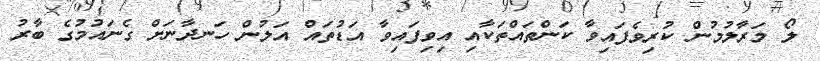
ލޯ މަރާލުމުން ކުރިވެފައިވާ ކަންތައްތަކާއި އިވިފައިވާ އަޑުތައް އަލުން ހަނދާނަށް ގެނައުމުގެ ބާރު